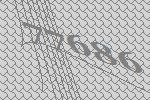
77686